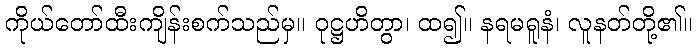
ကိုယ်တော်ထီးကျိန်းစက်သည်မှ။ ဝုဋ္ဌဟိတွာ၊ ထ၍။ နရမရူနံ၊ လူနတ်တို့၏။